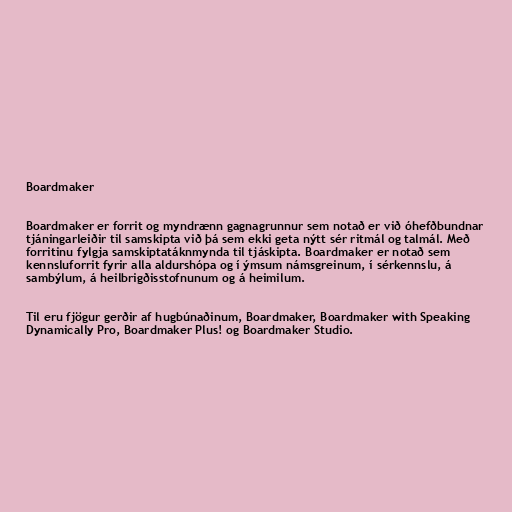
Boardmaker

Boardmaker er forrit og myndrænn gagnagrunnur sem notað er við óhefðbundnar
tjáningarleiðir til samskipta við þá sem ekki geta nýtt sér ritmál og talmál. Með
forritinu fylgja samskiptatáknmynda til tjáskipta. Boardmaker er notað sem
kennsluforrit fyrir alla aldurshópa og í ýmsum námsgreinum, í sérkennslu, á
sambýlum, á heilbrigðisstofnunum og á heimilum.

Til eru fjögur gerðir af hugbúnaðinum, Boardmaker, Boardmaker with Speaking
Dynamically Pro, Boardmaker Plus! og Boardmaker Studio.